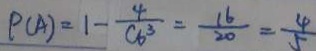
P ( A ) = 1 - \frac { 4 } { C 6 ^ { 3 } } = \frac { 1 6 } { 2 0 } = \frac { 4 } { 5 }